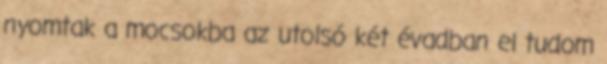
nyomtak a mocsokba az utolsó két évadban el tudom